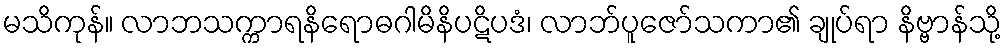
မသိကုန်။ လာဘသက္ကာရနိရောဓဂါမိနိပဋိပဒံ၊ လာဘ်ပူဇော်သကာ၏ ချုပ်ရာ နိဗ္ဗာန်သို့